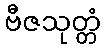
ဗီဇသုတ္တံ